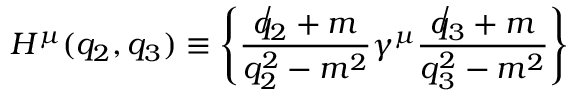
H ^ { \mu } ( q _ { 2 } , q _ { 3 } ) \equiv \left\{ \frac { \not { q _ { 2 } } + m } { q _ { 2 } ^ { 2 } - m ^ { 2 } } \gamma ^ { \mu } \frac { \not { q _ { 3 } } + m } { q _ { 3 } ^ { 2 } - m ^ { 2 } } \right\}